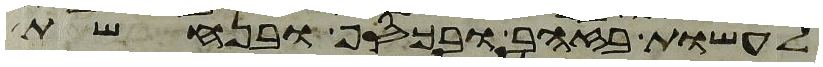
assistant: לעשות בזהב ובכסף ובנחשת